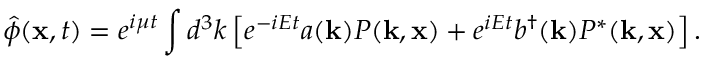
\hat { \phi } ( { \bf x } , t ) = e ^ { i \mu t } \int d ^ { 3 } k \left[ e ^ { - i E t } a ( { \bf k } ) P ( { \bf k } , { \bf x } ) + e ^ { i E t } b ^ { \dagger } ( { \bf k } ) P ^ { * } ( { \bf k } , { \bf x } ) \right] .